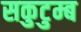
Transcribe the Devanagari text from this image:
सकुटुम्ब